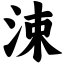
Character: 涑